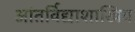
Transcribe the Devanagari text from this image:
आंतर्विद्याशाखिय